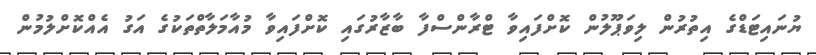
ޔުނައިޓަޑްގެ އިތުރުން ލިވަޕޫލުން ކޮށްފައިވާ ޓްރާންސްފާ ބާޒާރުގައި ކޮށްފައިވާ މުއާމަލާތްތަކުގެ އަގު އެއްކޮށްލުމުން